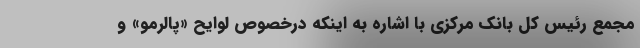
مجمع رئیس کل بانک مرکزی با اشاره به اینکه درخصوص لوایح «پالرمو» و